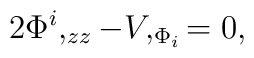
2 \Phi ^i ,_{zz} - V,_{\Phi _i} =0,